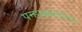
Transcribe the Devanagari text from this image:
पन्हाळयावरून